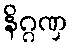
နိဂ္ဂဏှ